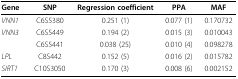
| Gene | SNP | Regression coefficient | PPA | MAF |
 | --- | --- | --- | --- | --- |
 | VNN1 | C6S5380 | 0.251 (1) | 0.077 (1) | 0.170732 |
 | VNN3 | C6S5449 | 0.194 (2) | 0.015 (3) | 0.010043 |
 |  | C6S5441 | 0.038 (25) | 0.010 (4) | 0.098278 |
 | LPL | C8S442 | 0.152 (5) | 0.016 (2) | 0.015782 |
 | SIRT1 | C10S3050 | 0.170 (3) | 0.008 (6) | 0.002152 |